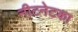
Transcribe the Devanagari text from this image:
नीटनेटका